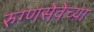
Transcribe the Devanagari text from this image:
रुग्णसेवेच्या